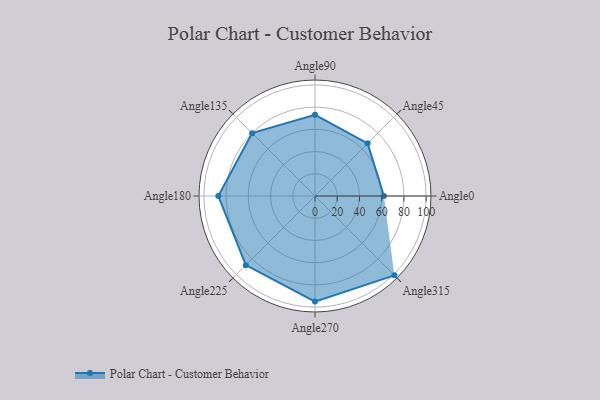
{"axis": {"x": "Angle", "y": "Radius"}, "legend": [""], "data": [{"x": "Angle0", "y": 62.0, "type": ""}, {"x": "Angle45", "y": 67.0, "type": ""}, {"x": "Angle90", "y": 73.0, "type": ""}, {"x": "Angle135", "y": 80.0, "type": ""}, {"x": "Angle180", "y": 87.0, "type": ""}, {"x": "Angle225", "y": 88.0, "type": ""}, {"x": "Angle270", "y": 95.0, "type": ""}, {"x": "Angle315", "y": 101.0, "type": ""}]}